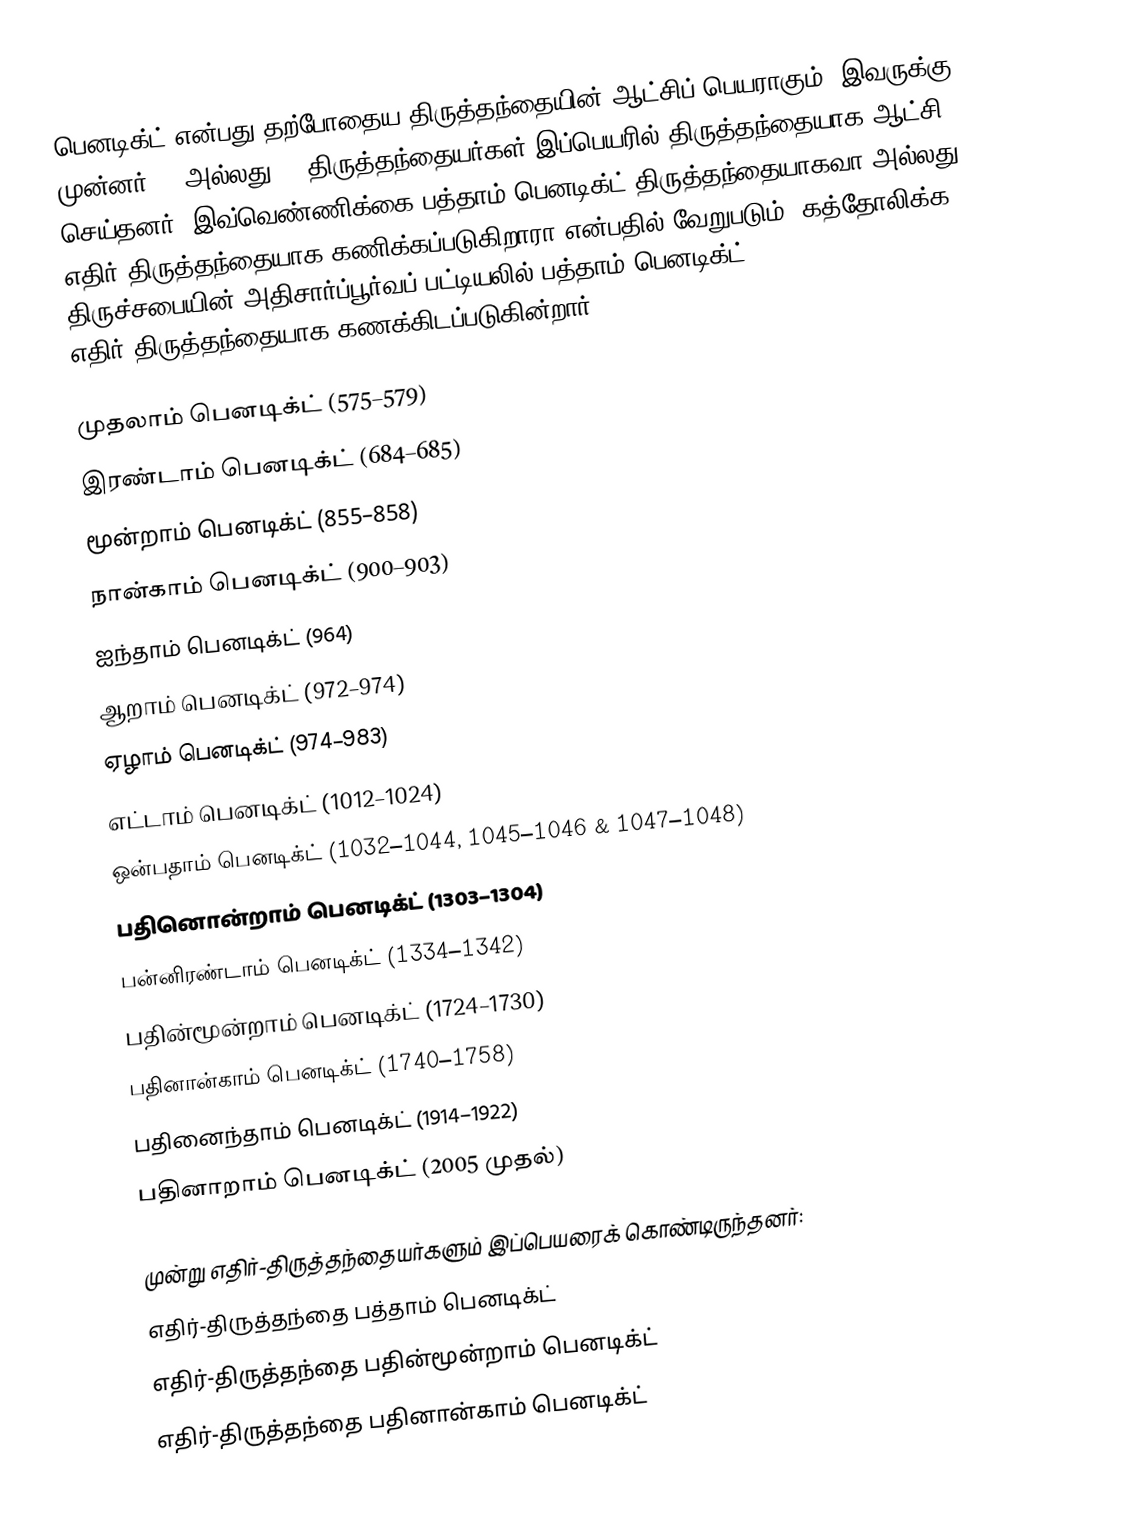
பெனடிக்ட் என்பது தற்போதைய திருத்தந்தையின் ஆட்சிப் பெயராகும். இவருக்கு முன்னர் 14 அல்லது 15 திருத்தந்தையர்கள் இப்பெயரில் திருத்தந்தையாக ஆட்சி செய்தனர். இவ்வெண்ணிக்கை பத்தாம் பெனடிக்ட் திருத்தந்தையாகவா அல்லது எதிர்-திருத்தந்தையாக கணிக்கப்படுகிறாரா என்பதில் வேறுபடும். கத்தோலிக்க திருச்சபையின் அதிசார்ப்பூர்வப் பட்டியலில் பத்தாம் பெனடிக்ட் எதிர்-திருத்தந்தையாக கணக்கிடப்படுகின்றார்.

முதலாம் பெனடிக்ட் (575–579)
இரண்டாம் பெனடிக்ட் (684–685)
மூன்றாம் பெனடிக்ட் (855–858)
நான்காம் பெனடிக்ட் (900–903)
ஐந்தாம் பெனடிக்ட் (964)
ஆறாம் பெனடிக்ட் (972–974)
ஏழாம் பெனடிக்ட் (974–983)
எட்டாம் பெனடிக்ட் (1012–1024)
ஒன்பதாம் பெனடிக்ட் (1032–1044, 1045–1046 & 1047–1048)
பதினொன்றாம் பெனடிக்ட் (1303–1304)
பன்னிரண்டாம் பெனடிக்ட் (1334–1342)
பதின்மூன்றாம் பெனடிக்ட் (1724–1730)
பதினான்காம் பெனடிக்ட் (1740–1758)
பதினைந்தாம் பெனடிக்ட் (1914–1922)
பதினாறாம் பெனடிக்ட் (2005 முதல்)

முன்று எதிர்-திருத்தந்தையர்களும் இப்பெயரைக் கொண்டிருந்தனர்:
எதிர்-திருத்தந்தை பத்தாம் பெனடிக்ட்
எதிர்-திருத்தந்தை பதின்மூன்றாம் பெனடிக்ட்
எதிர்-திருத்தந்தை பதினான்காம் பெனடிக்ட்